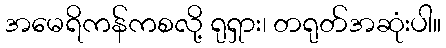
အမေရိကန်ကစလို့ ရုရှား၊ တရုတ်အဆုံးပါ။